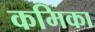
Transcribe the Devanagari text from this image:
कमिका